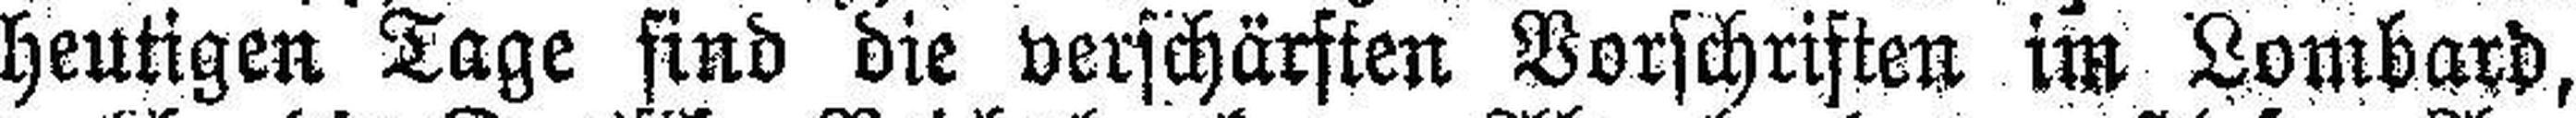
heutigen Tage sind die verschärften Vorschriften im Lombard,